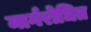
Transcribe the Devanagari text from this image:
मार्गरोधित